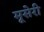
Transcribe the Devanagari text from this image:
मूसेरी